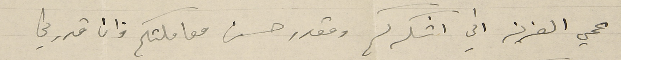
عمي العزيز اني اشكركم ومقدر حسن معاملتكم وان قدرني